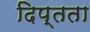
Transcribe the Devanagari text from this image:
दिप्तता